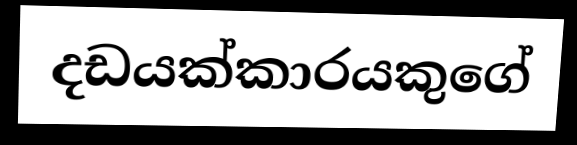
දඩයක්කාරයකුගේ